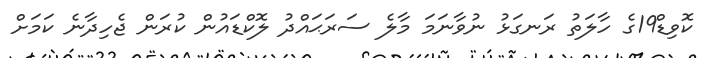
ކޮވިޑް19ގެ ހާލަތު ރަނގަޅު ނުވާނަމަ މާލެ ސަރަޙައްދު ލޮކްޑައުން ކުރަން ޖެހިދާނެ ކަމަށް